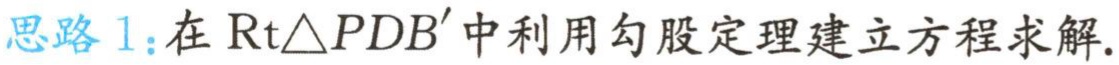
思路 1：在$\text{Rt}\triangle PDB^{\prime}$中利用勾股定理建立方程求解.